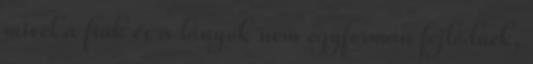
mivel a fiúk és a lányok nem egyformán fejlődnek,